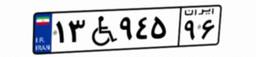
۱۳W۹۴۵۹۶